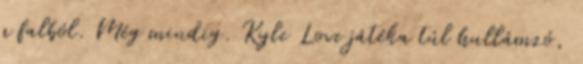
a falból. Még mindig. Kyle Love játéka túl hullámzó,